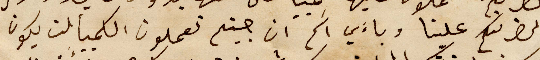
لحضرتكم علينا وباءَي اسَم ان جيتم تعملون الكمبيالت يكون